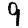
Digit: 9